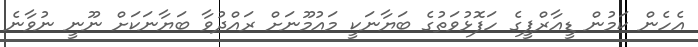
އެހެން ކަމުން ޑީއާރްޕީގެ ހަފޮޅުވަތުގެ ބަޔާނަކީ މައުމޫނަށް ރައްދުވާ ބަޔާނަކަށް ނޫނީ ނުވާނެ